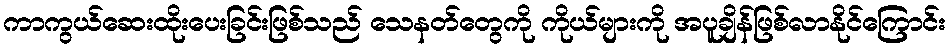
ကာကွယ်ဆေးထိုးပေးခြင်းဖြစ်သည် သေနတ်တွေကို ကိုယ်များကို အပူချိန်ဖြစ်လာနိုင်ကြောင်း